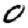
Digit: 0